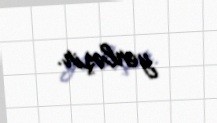
yerləşir.